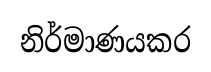
නිර්මාණයකර